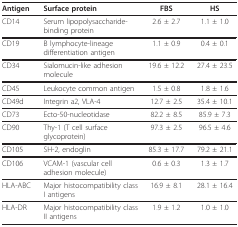
| Antigen | Surface protein | FBS | HS |
 | --- | --- | --- | --- |
 | CD14 | Serum lipopolysaccharide-binding protein | 2.6 ± 2.7 | 1.1 ± 1.0 |
 | CD19 | B lymphocyte-lineage differentiation antigen | 1.1 ± 0.9 | 0.4 ± 0.1 |
 | CD34 | Sialomucin-like adhesion molecule | 19.6 ± 12.2 | 27.4 ± 23.5 |
 | CD45 | Leukocyte common antigen | 1.5 ± 0.8 | 1.8 ± 1.6 |
 | CD49d | Integrin a2, VLA-4 | 12.7 ± 2.5 | 35.4 ± 10.1 |
 | CD73 | Ecto-50-nucleotidase | 82.2 ± 8.5 | 85.9 ± 7.3 |
 | CD90 | Thy-1 (T cell surface glycoprotein) | 97.3 ± 2.5 | 96.5 ± 4.6 |
 | CD105 | SH-2, endoglin | 85.3 ± 17.7 | 79.2 ± 21.1 |
 | CD106 | VCAM-1 (vascular cell adhesion molecule) | 0.6 ± 0.3 | 1.3 ± 1.7 |
 | HLA-ABC | Major histocompatibility class I antigens | 16.9 ± 8.1 | 28.1 ± 16.4 |
 | HLA-DR | Major histocompatibility class II antigens | 1.9 ± 1.2 | 1.0 ± 1.0 |